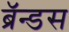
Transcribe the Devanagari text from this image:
ब्रॅन्डस